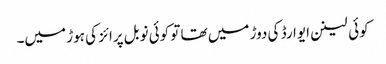
کوئی لینن ایوارڈ کی دوڑ میں تھا تو کوئی نوبل پرائز کی ہوڑ میں۔